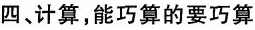
四、计算，能巧算的要巧算